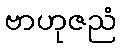
ဗာဟုဇညံ